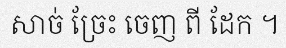
សាច់ ច្រែះ ចេញ ពី ដែក ។